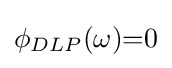
\phi _{DLP}(\omega ){=}0